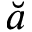
\breve { a }